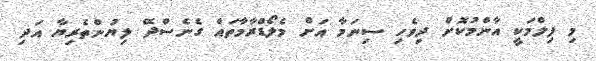
މި ފިލްމަކީ އާންމުކޮށް ދިވެހި ސިނަމާ އަށް މެލޯޑްރާމާތައް ގެނެސްދޭ ލިޔުންތެރިޔާ އަދި